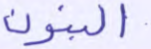
البنون